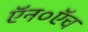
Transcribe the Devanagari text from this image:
ऍन०ऍच